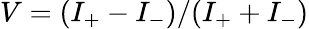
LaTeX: V=(I_{+}-I_{-})/(I_{+}+I_{-})